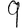
Digit: 9